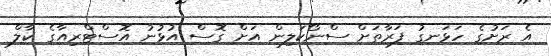
އެ ރަށުގެ ހަޅަނގު ފަރާތަށް ސްނޯކަލިން އަށް ގޮސް އުޅުނު އޮސްޓްރިއާގެ ކާލް